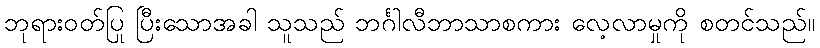
ဘုရားဝတ်ပြု ပြီးသောအခါ သူသည် ဘင်္ဂါလီဘာသာစကား လေ့လာမှုကို စတင်သည်။